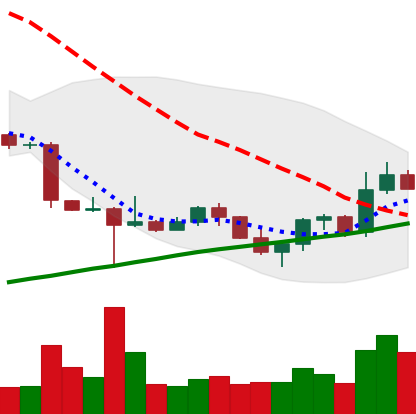
Ticker: ETC-USD
Chart end date: 2022-10-27
Forward return: -3.044%
Label: down_3_5